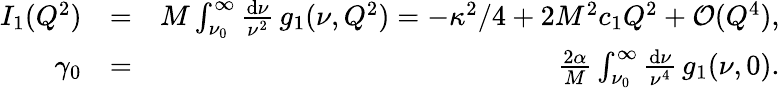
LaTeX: \begin{array}{rlr}{I_{1}(Q^{2})}&{=}&{M\int_{\nu_{0}}^{\infty}\frac{\mathrm{d}\nu}{\nu^{2}}\, g_{1}(\nu,Q^{2})=-\kappa^{2}/4+2M^{2}c_{1}Q^{2}+\mathcal{O}(Q^{4}),}\\ {\gamma_{0}}&{=}&{\frac{2\alpha}{M}\int_{\nu_{0}}^{\infty}\frac{\mathrm{d}\nu}{\nu^{4}}\, g_{1}(\nu,0).}\end{array}